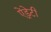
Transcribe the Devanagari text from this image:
ऐंड्रेटी